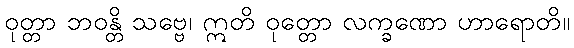
ဝုတ္တာ ဘဝန္တိ သဗ္ဗေ၊ ဣတိ ဝုတ္တော လက္ခဏော ဟာရောတိ။